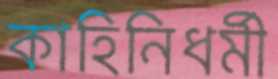
কাহিনিধর্মী